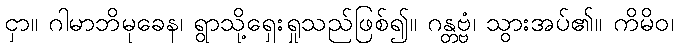
ငှာ။ ဂါမာဘိမုခေန၊ ရွာသို့ရှေးရှုသည်ဖြစ်၍။ ဂန္တဗ္ဗံ၊ သွားအပ်၏။ ကိမိဝ၊